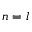
n = l